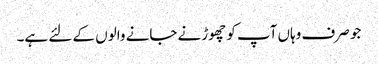
جو صرف وہاں آپ کو چھوڑنے جانے والوں کے لئے ہے۔